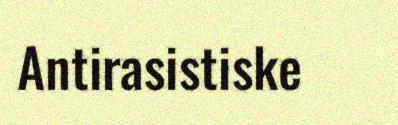
Antirasistiske